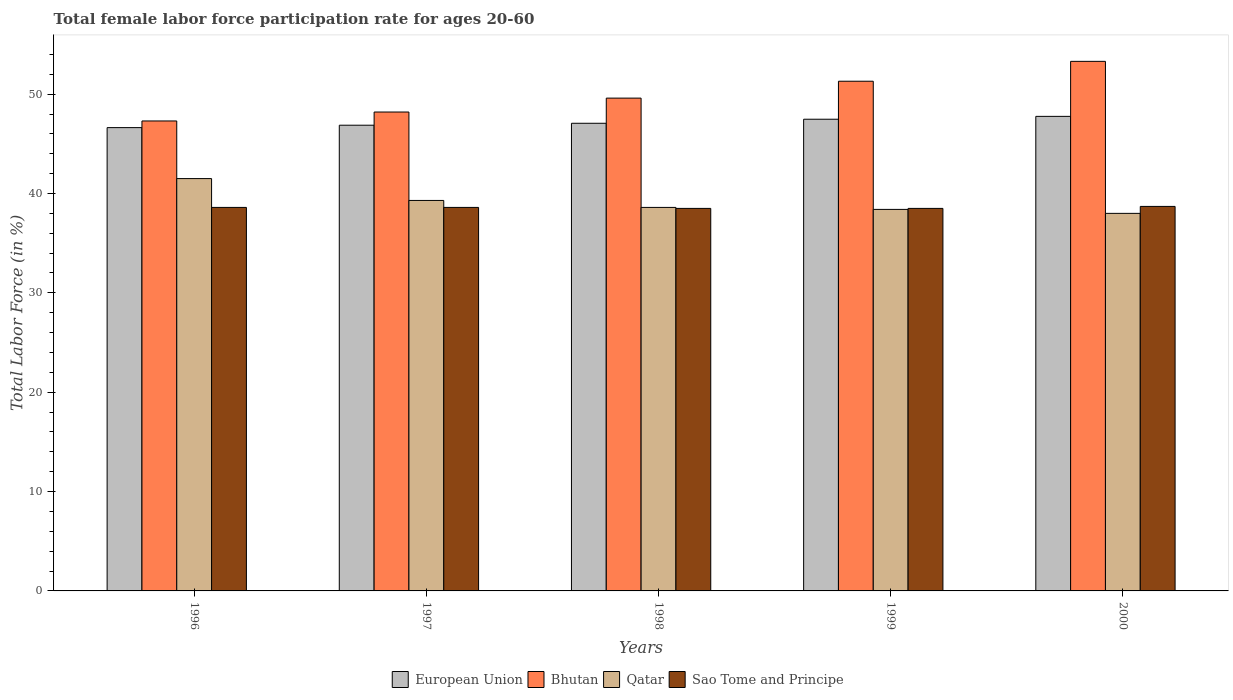
| Years | European Union | Bhutan | Qatar | Sao Tome and Principe |
 | --- | --- | --- | --- | --- |
 | 1996 | 46.6 | 47.3 | 41.5 | 38.6 |
 | 1997 | 46.9 | 48.2 | 39.3 | 38.6 |
 | 1998 | 47.1 | 49.6 | 38.6 | 38.5 |
 | 1999 | 47.5 | 51.3 | 38.4 | 38.5 |
 | 2000 | 47.8 | 53.3 | 38 | 38.7 |